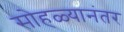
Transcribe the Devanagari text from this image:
सोहळ्यानंतर